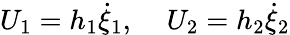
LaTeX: U_{1}=h_{1}\dot{\xi}_{1},\; \; \; \; U_{2}=h_{2}\dot{\xi}_{2}